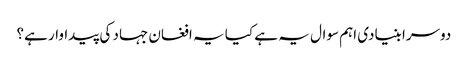
دوسرا بنیادی اہم سوال یہ ہے کیا یہ افغان جہاد کی پیداوار ہے؟